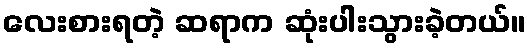
လေးစားရတဲ့ ဆရာက ဆုံးပါးသွားခဲ့တယ်။